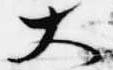
大